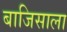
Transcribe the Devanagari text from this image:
बाजिसाला